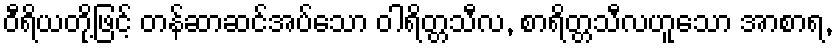
ဝီရိယတို့ဖြင့် တန်ဆာဆင်အပ်သော ဝါရိတ္တသီလ, စာရိတ္တသီလဟူသော အာစာရ,